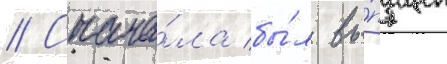
// Снача́ла бы́л вы́пущен